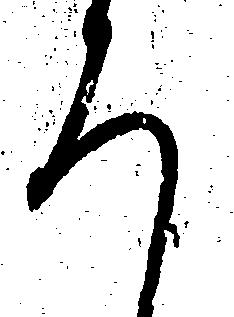
ろ